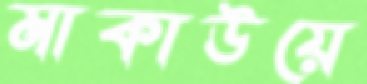
মাকাউয়ে